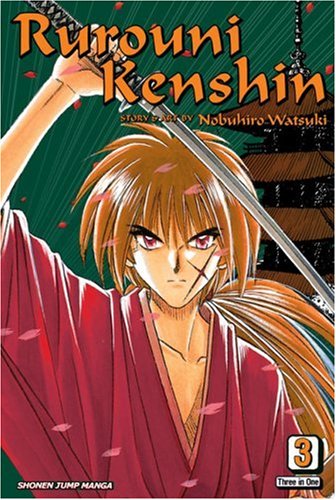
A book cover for Rurouni Kenshin, Vol. 3, Vizbig  Edition; Nobuhiro Watsuki; Comics & Graphic Novels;